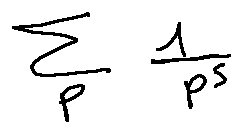
\sum \limits _ { p } \frac { 1 } { p ^ { s } }